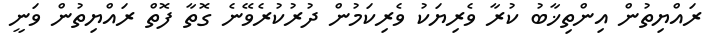
ރައްޔިތުން އިންތިޚާބު ކުރާ ވެރިޔަކު ވެރިކަމުން ދުރުކުރެވޭނެ ގޮތާ ފޮތް ރައްޔިތުން ވަނީ